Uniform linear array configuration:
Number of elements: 16
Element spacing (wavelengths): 0.25
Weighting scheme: hamming
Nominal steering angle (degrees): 30
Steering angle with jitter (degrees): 31.324
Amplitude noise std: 0.05
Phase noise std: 0.05

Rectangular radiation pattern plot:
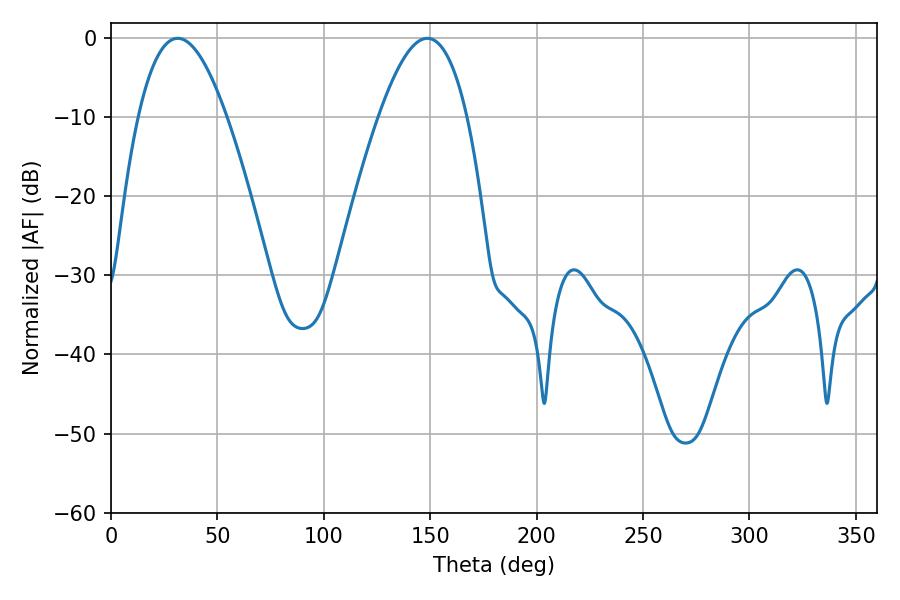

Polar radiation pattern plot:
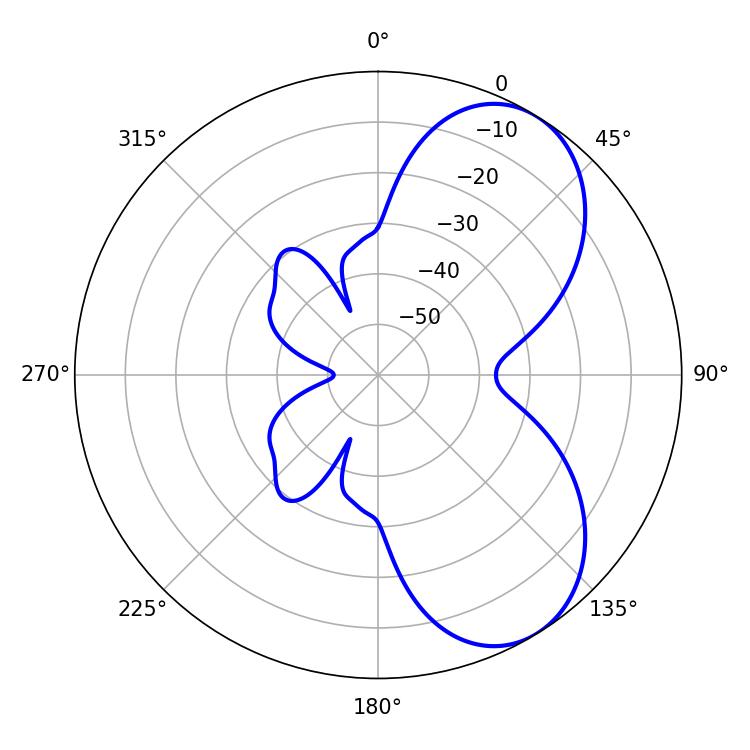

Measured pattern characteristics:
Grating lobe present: FALSE
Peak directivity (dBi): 6.43
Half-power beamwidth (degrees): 22.68
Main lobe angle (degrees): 31.32